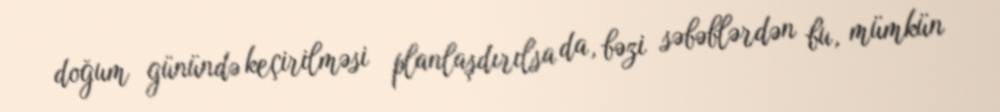
doğum günündə keçirilməsi planlaşdırılsa da, bəzi səbəblərdən bu, mümkün